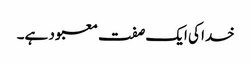
خدا کی ایک صفت معبود ہے۔